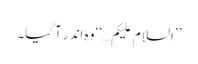
’’السلام علیکم…‘‘ وہ اندر آگیا۔